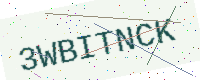
Text: 3WBITNCK